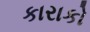
કારાકો